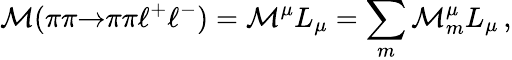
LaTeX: {\cal M}(\pi\pi{\to}\pi\pi\ell^{+}\ell^{-})={\cal M}^{\mu}L_{\mu}=\sum_{m}{\cal M}_{m}^{\mu}L_{\mu}\, ,